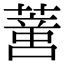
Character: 𦺳